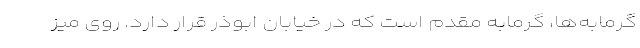
گرمابه‌ها، گرمابه مقدم است که در خیابان ابوذر قرار دارد. روی میز